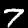
Label: 7